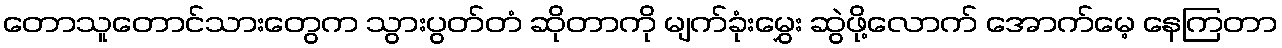
တောသူတောင်သားတွေက သွားပွတ်တံ ဆိုတာကို မျက်ခုံးမွှေး ဆွဲဖို့လောက် အောက်မေ့ နေကြတာ